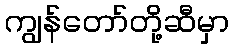
ကျွန်တော်တို့ဆီမှာ